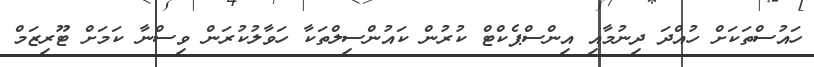
ހައުސްތަކަށް ހުއްދަ ދިނުމާއި އިންސްޕެކްޓް ކުރުން ކައުންސިލްތަކާ ހަވާލުކުރަން ވިސްނާ ކަމަށް ޓޫރިޒަމް